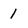
Character: 1